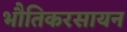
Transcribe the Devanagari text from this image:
भौतिकरसायन